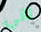
تاني